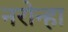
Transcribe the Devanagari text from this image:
नरोन्हा